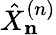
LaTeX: \hat{X}_{\mathbf n}^{(n)}